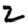
Digit: 2